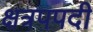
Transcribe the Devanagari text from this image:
क्षत्रपपदी